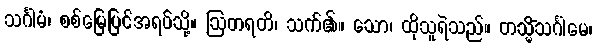
သင်္ဂါမံ၊ စစ်မြေပြင်အရပ်သို့။ ဩတရတိ၊ သက်၏။ သော၊ ထိုသူရဲသည်။ တသ္မိံသင်္ဂါမေ၊